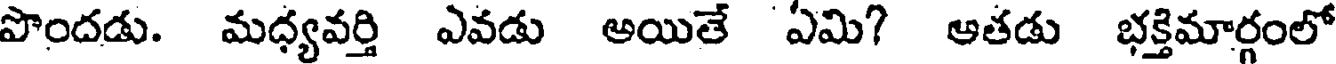
పొందడు. మధ్యవర్తి ఎవడు అయితే ఏమి? ఆతడు భక్తిమార్గంలో